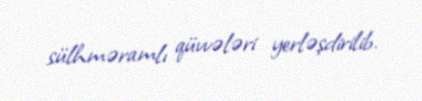
sülhməramlı qüvvələri yerləşdirilib.